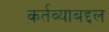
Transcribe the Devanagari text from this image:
कर्तव्याबद्दल